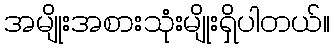
အမျိုးအစားသုံးမျိုးရှိပါတယ်။